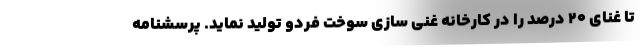
تا غنای ۲۰ درصد را در کارخانه غنی سازی سوخت فردو تولید نماید. پرسشنامه